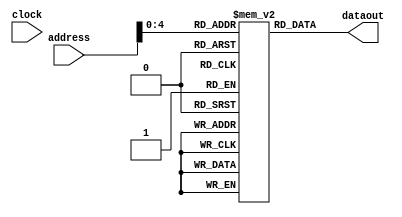
module inst_memory(dataout,address,clock);
output [31:0]dataout;
input [31:0]address;
input clock;
reg [31:0]SRAM[24:0];
reg [31:0]dataout;

//inputs to be given for execution
parameter RS1 = 5'b11;
parameter RS2 = 5'b1;
parameter RD = 5'b10;
parameter IMMVALUE = 16'b1;
parameter JUMPIMM = 26'b01;
parameter RSVALUE = 5'b11111;

//parameters for OPCODE
parameter NOTUSED = 11'b0;
parameter NOP = 6'b0;
parameter ADD = 6'b1;
parameter SUB = 6'b10;
parameter STORE = 6'b11;
parameter LOAD= 6'b100;
parameter MOVE = 6'b101;
parameter SGE = 6'b110;
parameter SLE = 6'b111;
parameter SGT = 6'b1000;
parameter SLT = 6'b1001;
parameter SEQ = 6'b1010;
parameter SNE = 6'b1011;
parameter AND = 6'b1100;
parameter OR = 6'b1101;
parameter XOR= 6'b1110;
parameter NOT = 6'b1111;
parameter MOVEI = 6'b10000;
parameter SLI = 6'b10001;
parameter SRI = 6'b10010;
parameter ADDI = 6'b10011;
parameter SUBI = 6'b10100;
parameter JUMP = 6'b10101;
parameter BRA = 6'b10110;
parameter ADDF = 6'b10111;
parameter MULF = 6'b 11000;

initial
begin
 SRAM[32'b0]<= 32'b0;
 SRAM[32'b1]= {ADD,RS1,RS2,RD,NOTUSED};
 SRAM[32'b10]= {SUB,RS1,RS2,RD,NOTUSED};
 SRAM[32'b11]= {STORE,RS1,RD,IMMVALUE};
 SRAM[32'b100]= {LOAD,RS1,RD,IMMVALUE};
 SRAM[32'b101]= {MOVE,RS1,RD,NOTUSED};
 SRAM[32'b110]= {SGE,RS1,RS2,RD,NOTUSED};//{NOTUSED,RD,RS2,RS1,SGE};
 SRAM[32'b111]= {SLE,RS1,RS2,RD,NOTUSED};
SRAM[32'b1000]= {SGT,RS1,RS2,RD,NOTUSED};
SRAM[32'b1001]= {SLT,RS1,RS2,RD,NOTUSED};
SRAM[32'b1010]= {SEQ,RS1,RS2,RD,NOTUSED};
SRAM[32'b1011]= {SNE,RS1,RS2,RD,NOTUSED};
SRAM[32'b1100]= {AND,RS1,RS2,RD,NOTUSED};
SRAM[32'b1101]= {OR,RS1,RS2,RD,NOTUSED};
SRAM[32'b1110]= {XOR,RS1,RS2,RD,NOTUSED};
SRAM[32'b1111]= {NOT,RS1,RD,16'b0}; //{16'b0,RD,RS1,NOT};
SRAM[32'b10000]={MOVEI,5'b0,RD,IMMVALUE}; //{IMMVALUE,RD,5'b0,MOVEI};
SRAM[32'b10001]={SLI,RS1,RD,IMMVALUE};//{IMMVALUE,RD,RS1,SLI};
SRAM[32'b10010]= {SRI,RS1,RD,IMMVALUE};//{IMMVALUE,RD,RS1,SRI};
SRAM[32'b10011] = {ADDI,RS1,RD,IMMVALUE};//{IMMVALUE,RD,RS1,ADDI};
SRAM[32'b10100]= {SUBI,RS1,RD,IMMVALUE};//{IMMVALUE,RD,RS1,SUBI};
SRAM[32'b10101]=  {JUMP,JUMPIMM};//{JUMPIMM,JUMP};
SRAM[32'b10110]= {BRA,RS1,RSVALUE,IMMVALUE};//{IMMVALUE,5'b111,RS1,BRA};
end

always@(address)
begin
 dataout = SRAM[address];
end



endmodule